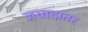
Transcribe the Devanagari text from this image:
जयादातर